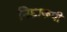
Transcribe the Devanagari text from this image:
निष्ठारूपी